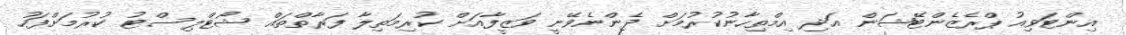
އިންޓަވިއު ޕްރެޒެންޓޭޝަން އަދި އިމްތިހާނުކުރުމަށް ދެންނެވޭނީ ވަޒީފާއަށް ކުރިމަތިލާ ފަރާތްތައް ޝޯޓްލިސްޓު ކުރުމަށްފަހު